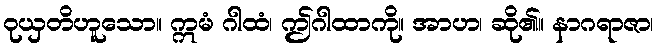
ဝုယှတိဟူသော။ ဣမံ ဂါထံ၊ ဤဂါထာကို။ အာဟ၊ ဆို၏။ နာဂရာဇာ၊